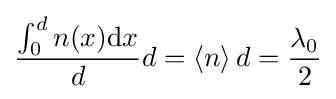
{\frac {\int _{0}^{d}{n(x)}\mathrm {d} x}{d}}d=\left\langle n\right\rangle d={\frac {\lambda _{0}}{2}}